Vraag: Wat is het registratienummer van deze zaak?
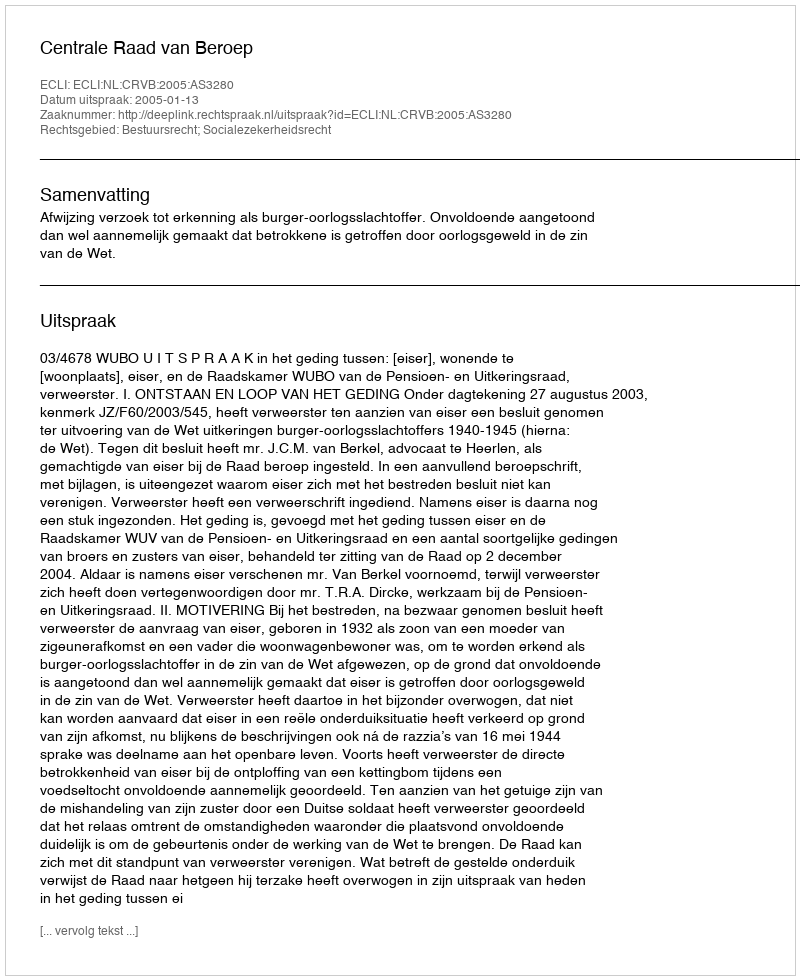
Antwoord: http://deeplink.rechtspraak.nl/uitspraak?id=ECLI:NL:CRVB:2005:AS3280